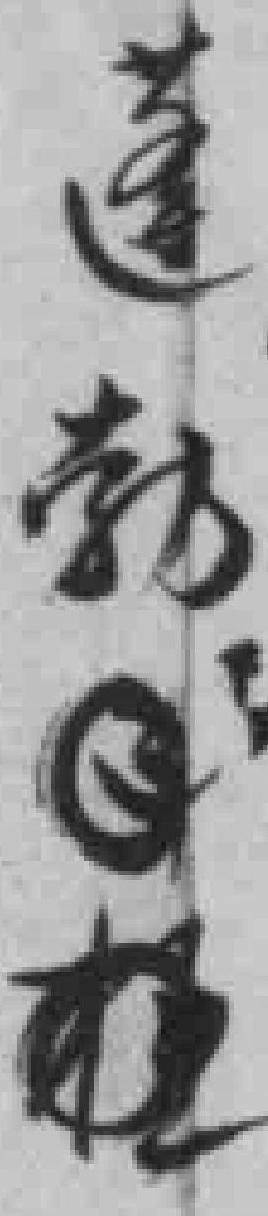
蓬勃**